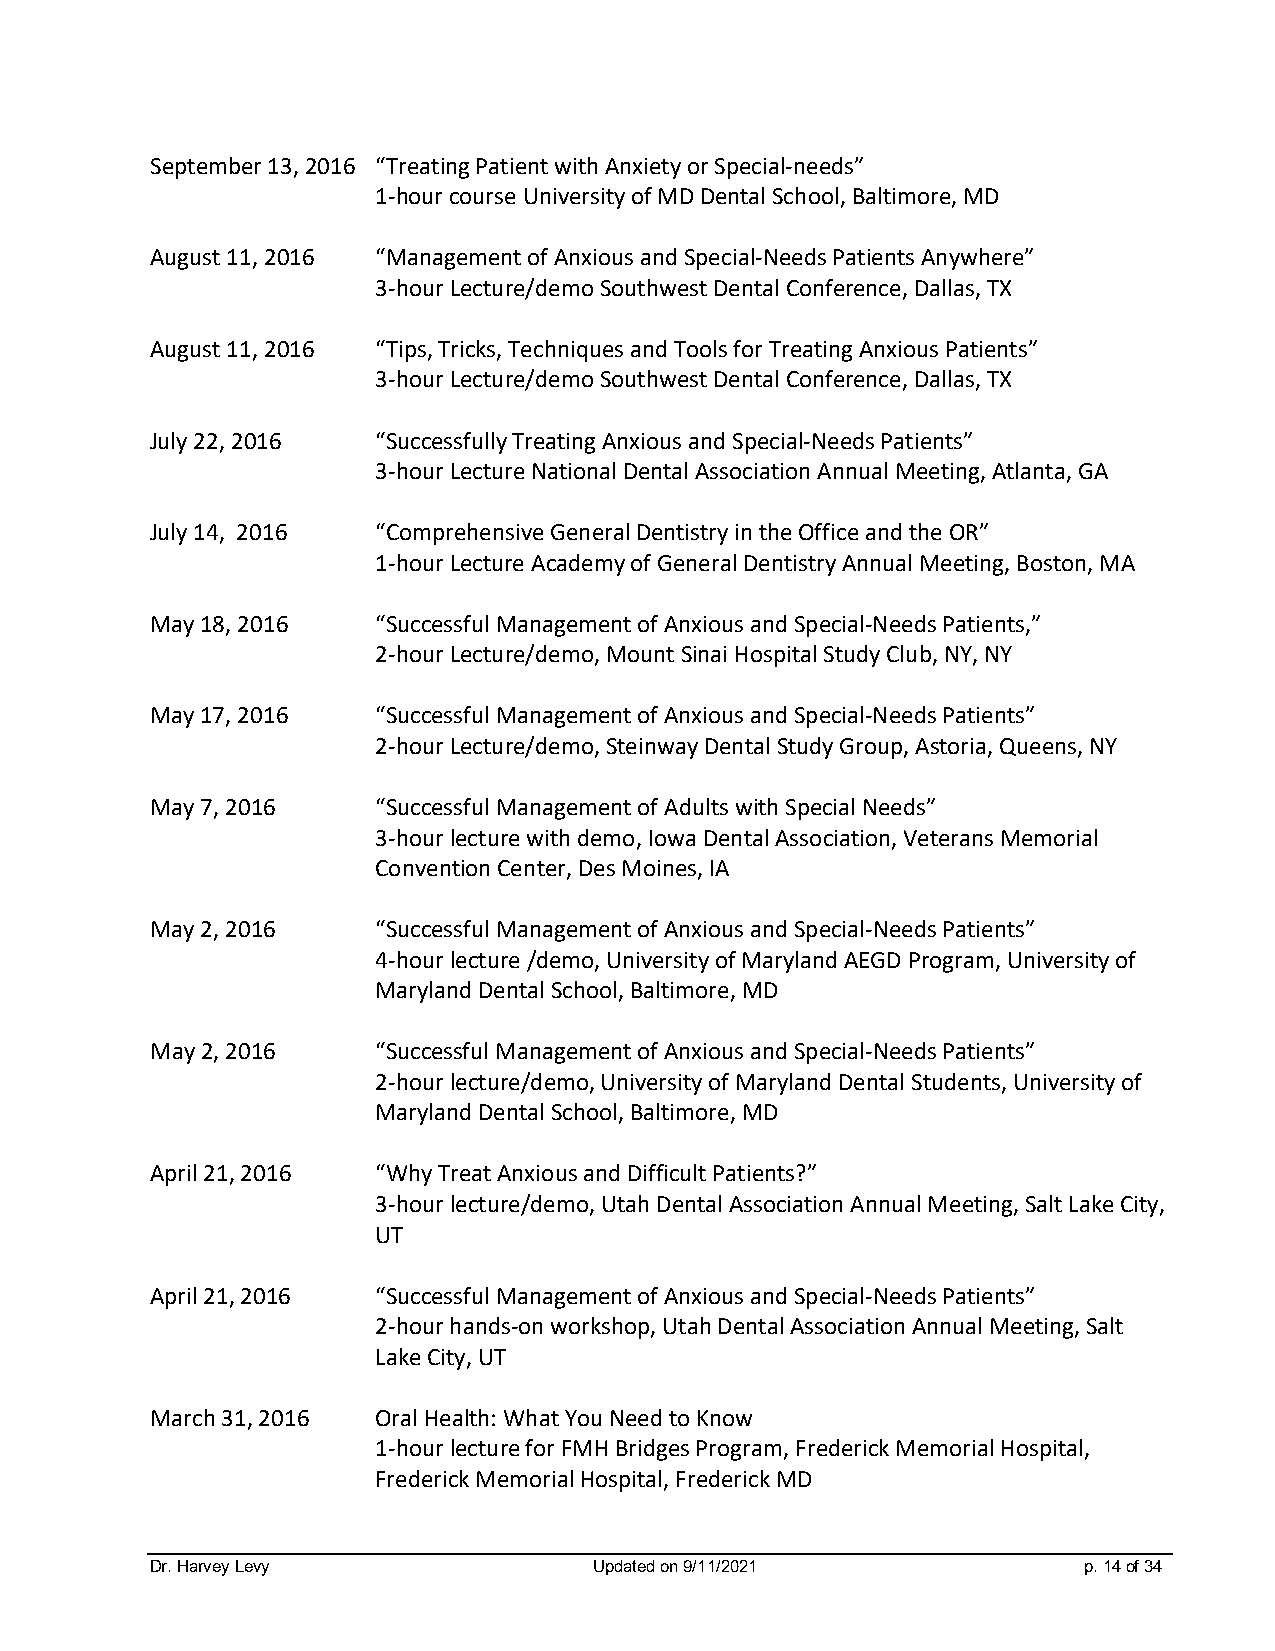
September 13, 2016 “Treating Patient with Anxiety or Special-needs”
 1-hour course University of MD Dental School, Baltimore, MD
 August 11, 2016 “Management of Anxious and Special-Needs Patients Anywhere”
 3-hour Lecture/demo Southwest Dental Conference, Dallas, TX
 August 11, 2016 “Tips, Tricks, Techniques and Tools for Treating Anxious Patients”
 3-hour Lecture/demo Southwest Dental Conference, Dallas, TX
 July 22, 2016  “Successfully Treating Anxious and Special-Needs Patients”
 3-hour Lecture National Dental Association Annual Meeting, Atlanta, GA
 July 14, 2016  “Comprehensive General Dentistry in the Office and the OR”
 1-hour Lecture Academy of General Dentistry Annual Meeting, Boston, MA
 May 18, 2016   “Successful Management of Anxious and Special-Needs Patients,”
 2-hour Lecture/demo, Mount Sinai Hospital Study Club, NY, NY
 May 17, 2016   “Successful Management of Anxious and Special-Needs Patients”
 2-hour Lecture/demo, Steinway Dental Study Group, Astoria, Queens, NY
 May 7, 2016    “Successful Management of Adults with Special Needs”
 3-hour lecture with demo, Iowa Dental Association, Veterans Memorial
 Convention Center, Des Moines, IA
 May 2, 2016    “Successful Management of Anxious and Special-Needs Patients”
 4-hour lecture /demo, University of Maryland AEGD Program, University of
 Maryland Dental School, Baltimore, MD
 May 2, 2016    “Successful Management of Anxious and Special-Needs Patients”
 2-hour lecture/demo, University of Maryland Dental Students, University of
 Maryland Dental School, Baltimore, MD
 April 21, 2016 “Why Treat Anxious and Difficult Patients?”
 3-hour lecture/demo, Utah Dental Association Annual Meeting, Salt Lake City,
 UT
 April 21, 2016 “Successful Management of Anxious and Special-Needs Patients”
 2-hour hands-on workshop, Utah Dental Association Annual Meeting, Salt
 Lake City, UT
 March 31, 2016 Oral Health: What You Need to Know
 1-hour lecture for FMH Bridges Program, Frederick Memorial Hospital,
 Frederick Memorial Hospital, Frederick MD
 Dr. Harvey Levy              Updated on 9/11/2021             p. 14 of 34